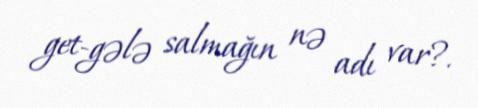
get-gələ salmağın nə adı var?.